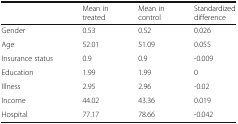
<table><thead><tr><td></td><td><b>Mean in treated</b></td><td><b>Mean in control</b></td><td><b>Standardized difference</b></td></tr></thead><tbody><tr><td>Gender</td><td>0.53</td><td>0.52</td><td>0.026</td></tr><tr><td>Age</td><td>52.01</td><td>51.09</td><td>0.055</td></tr><tr><td>Insurance status</td><td>0.9</td><td>0.9</td><td>-0.009</td></tr><tr><td>Education</td><td>1.99</td><td>1.99</td><td>0</td></tr><tr><td>Illness</td><td>2.95</td><td>2.96</td><td>-0.02</td></tr><tr><td>Income</td><td>44.02</td><td>43.36</td><td>0.019</td></tr><tr><td>Hospital</td><td>77.17</td><td>78.66</td><td>-0.042</td></tr></tbody></table>